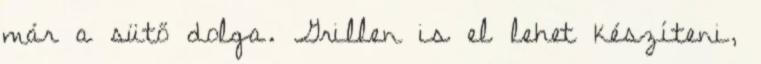
már a sütő dolga. Grillen is el lehet készíteni,